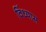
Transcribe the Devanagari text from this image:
विंध्यास